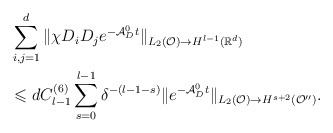
\begin{align*}&\sum_{i,j=1}^d \| \chi D_i D_j e^{-\mathcal{A}_D^0t}\|_{L_2(\mathcal{O})\rightarrow H^{l-1}(\mathbb{R}^d)}\\&\leqslant d C^{(6)}_{l-1}\sum_{s=0}^{l-1} \delta^{-(l-1-s)} \| e^{-\mathcal{A}_D^0t} \|_{L_2(\mathcal{O})\rightarrow H^{s+2}(\mathcal{O}'')}.\end{align*}